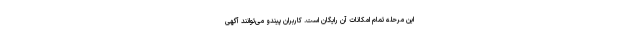
این مرحله تمام امکانات آن رایگان است. کاربران پیندو می‌توانند آگهی